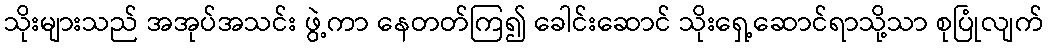
သိုးများသည် အအုပ်အသင်း ဖွဲ့ကာ နေတတ်ကြ၍ ခေါင်းဆောင် သိုးရှေ့ဆောင်ရာသို့သာ စုပြုံလျက်